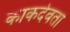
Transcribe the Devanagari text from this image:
काकदेवता